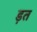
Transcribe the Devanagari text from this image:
ड़त